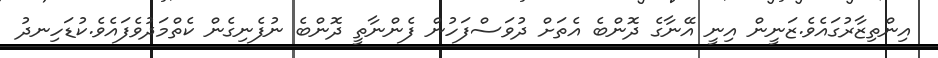
އިންތިޒާރުގައެވެ.ޒަނީން އިނީ އޭނާގެ ދޮންބެ އެތަށް ދުވަސްފަހުން ފެންނާތީ ދޮންބެ ނުފެނިގެން ކެތްމަދުވެފައެވެ.ކުޑަހިނދު